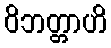
ဝိဘတ္တာဟိ